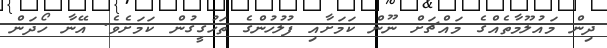
ދިން މައުލޫމާތެއްގެ މައްޗަށް ނޫން ކަމަށާއި ފުލުހުންގެ ތަހުގީގުން ކަމަށެވެ. އޭނާ ހޯދަން